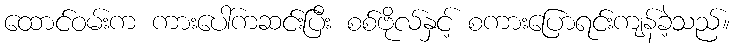
ထောင်ဝမ်းက ကားပေါ်ကဆင်းပြီး စစ်ဗိုလ်နှင့် စကားပြောရင်းကျန်ခဲ့သည်။